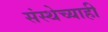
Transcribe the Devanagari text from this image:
संस्थेच्याही